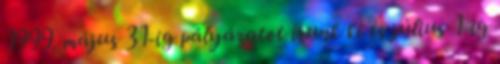
1999. május 31-ig pályázatot írunk ki és július 1-ig